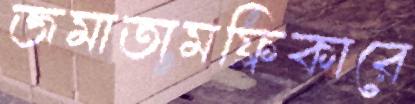
জমাতামফ্লিকারে